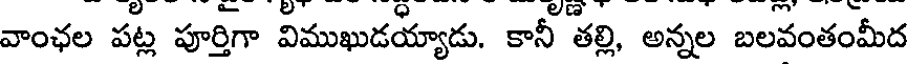
వాంఛల పట్ల పూర్తిగా విముఖుడయ్యాడు. కానీ తల్లి, అన్నల బలవంతంమీద